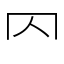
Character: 𠔿